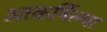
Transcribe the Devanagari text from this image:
आकर्षिल्या